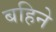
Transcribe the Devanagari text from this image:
बहिने